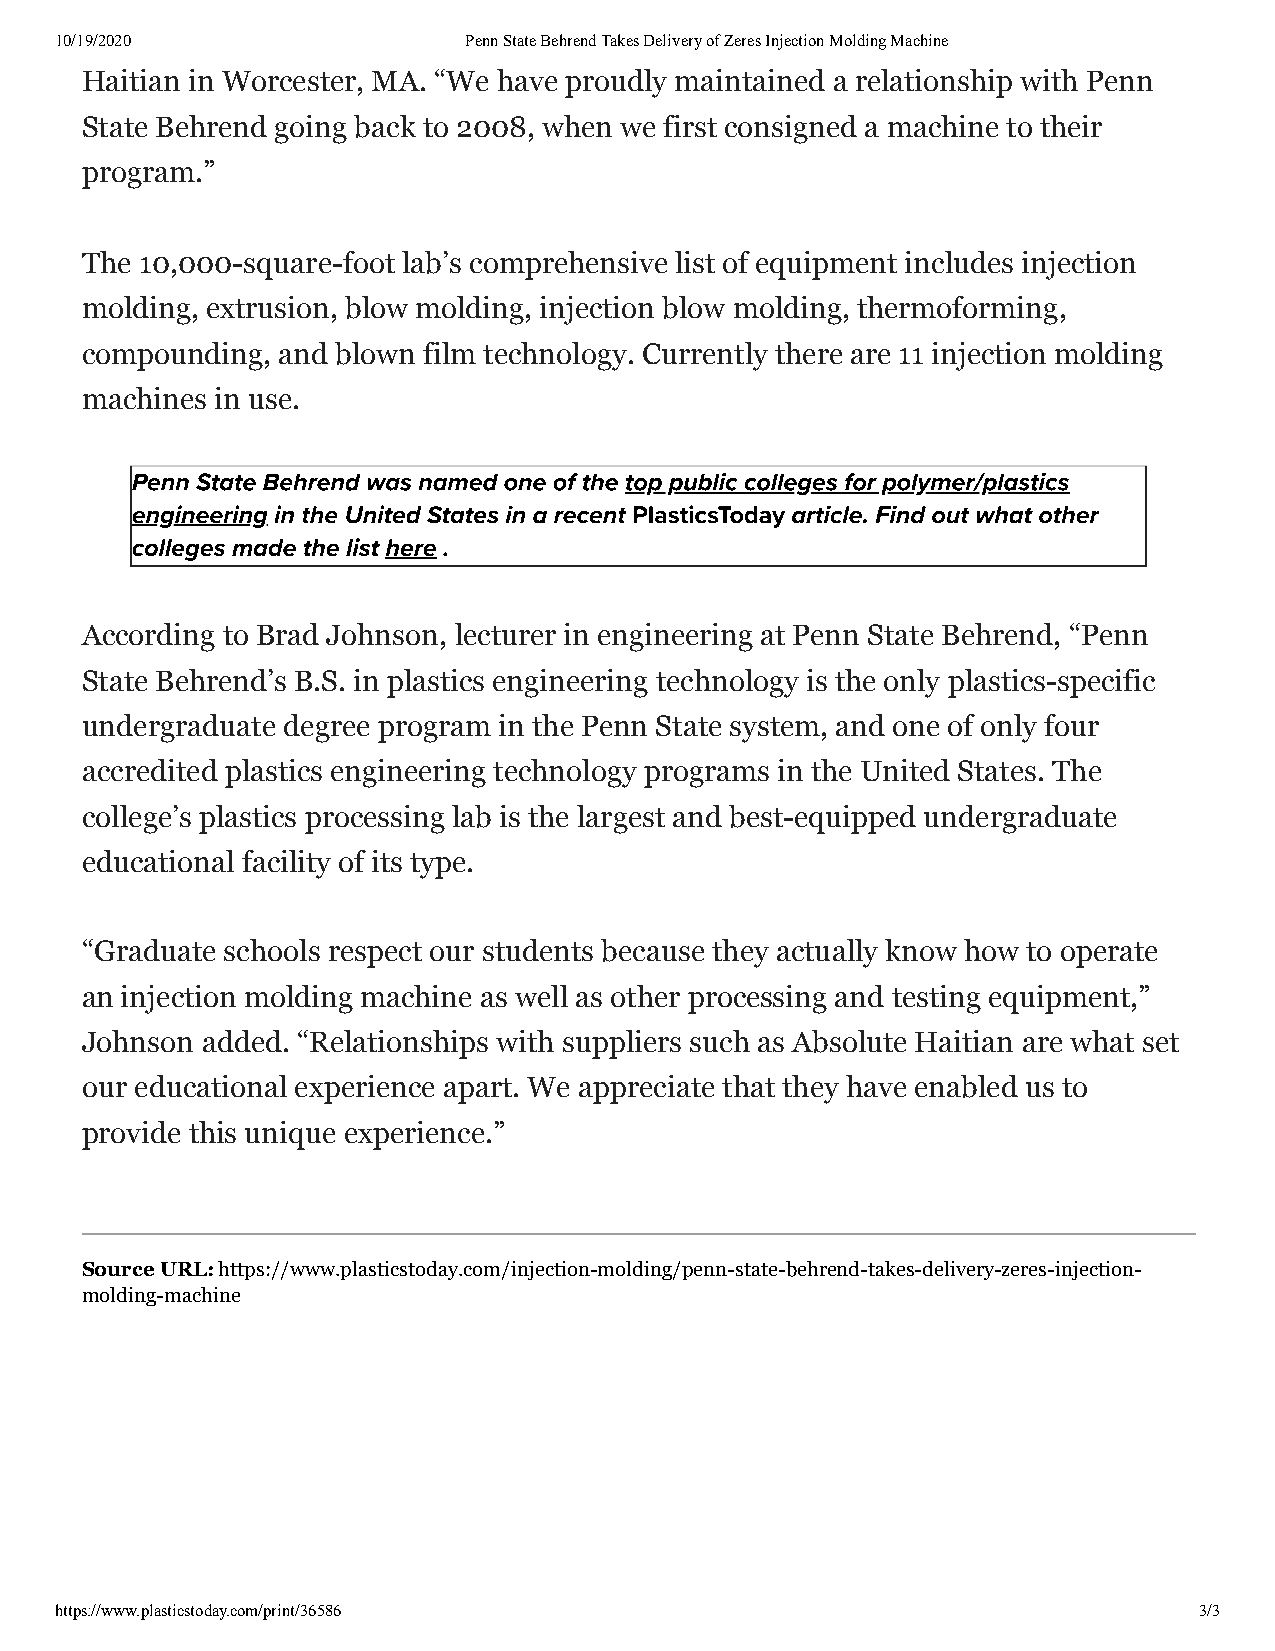
10/19/2020                 Penn State Behrend Takes Delivery of Zeres Injection Molding Machine
 Haitian in Worcester, MA. “We have proudly maintained a relationship with Penn
 State Behrend going back to 2008, when we first consigned a machine to their
 program.”
 The 10,000-square-foot lab’s comprehensive list of equipment includes injection
 molding, extrusion, blow molding, injection blow molding, thermoforming,
 compounding, and blown film technology. Currently there are 11 injection molding
 machines in use.
 Penn State Behrend was named one of the top public colleges for polymer/plastics
 engineering in the United States in a recent PlasticsToday article. Find out what other
 colleges made the list here .
 According to Brad Johnson, lecturer in engineering at Penn State Behrend, “Penn
 State Behrend’s B.S. in plastics engineering technology is the only plastics-specific
 undergraduate degree program in the Penn State system, and one of only four
 accredited plastics engineering technology programs in the United States. The
 college’s plastics processing lab is the largest and best-equipped undergraduate
 educational facility of its type.
 “Graduate schools respect our students because they actually know how to operate
 an injection molding machine as well as other processing and testing equipment,”
 Johnson added. “Relationships with suppliers such as Absolute Haitian are what set
 our educational experience apart. We appreciate that they have enabled us to
 provide this unique experience.”
 Source URL: https://www.plasticstoday.com/injection-molding/penn-state-behrend-takes-delivery-zeres-injection-
 molding-machine
 https://www.plasticstoday.com/print/36586                                  3/3